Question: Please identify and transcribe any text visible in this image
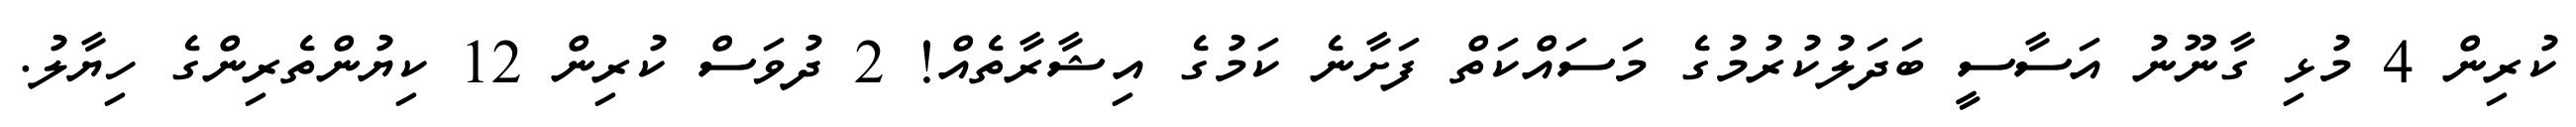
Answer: ކުރިން 4 މުޅި ގާނޫނު އަސާސީ ބަދަލުކުރުމުގެ މަސައްކަތް ފަށާނެ ކަމުގެ އިޝާރާތެއް! 2 ދުވަސް ކުރިން 12 ކިޔުންތެރިންގެ ހިޔާލު.